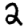
Digit: 2